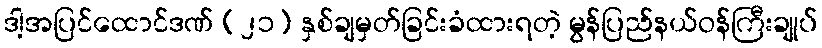
ဒါ့အပြင်ထောင်ဒဏ် (၂၁) နှစ်ချမှတ်ခြင်းခံထားရတဲ့ မွန်ပြည်နယ်ဝန်ကြီးချုပ်